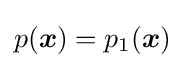
p({\boldsymbol {x}})=p_{1}({\boldsymbol {x}})